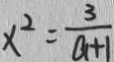
x ^ { 2 } = \frac { 3 } { a + 1 }